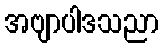
အဗျာပါဒသညာ